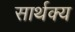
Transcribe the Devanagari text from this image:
सार्थक्य